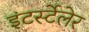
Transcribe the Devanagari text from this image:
इंटर्स्टेलेर